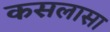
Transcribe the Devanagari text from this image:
कसलासा